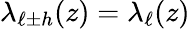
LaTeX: \lambda_{\ell\pm h}(z)=\lambda_{\ell}(z)